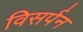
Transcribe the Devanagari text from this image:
विसर्पन